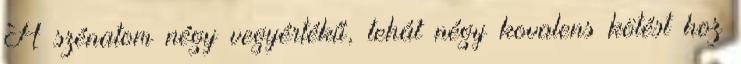
A szénatom négy vegyértékű, tehát négy kovalens kötést hoz